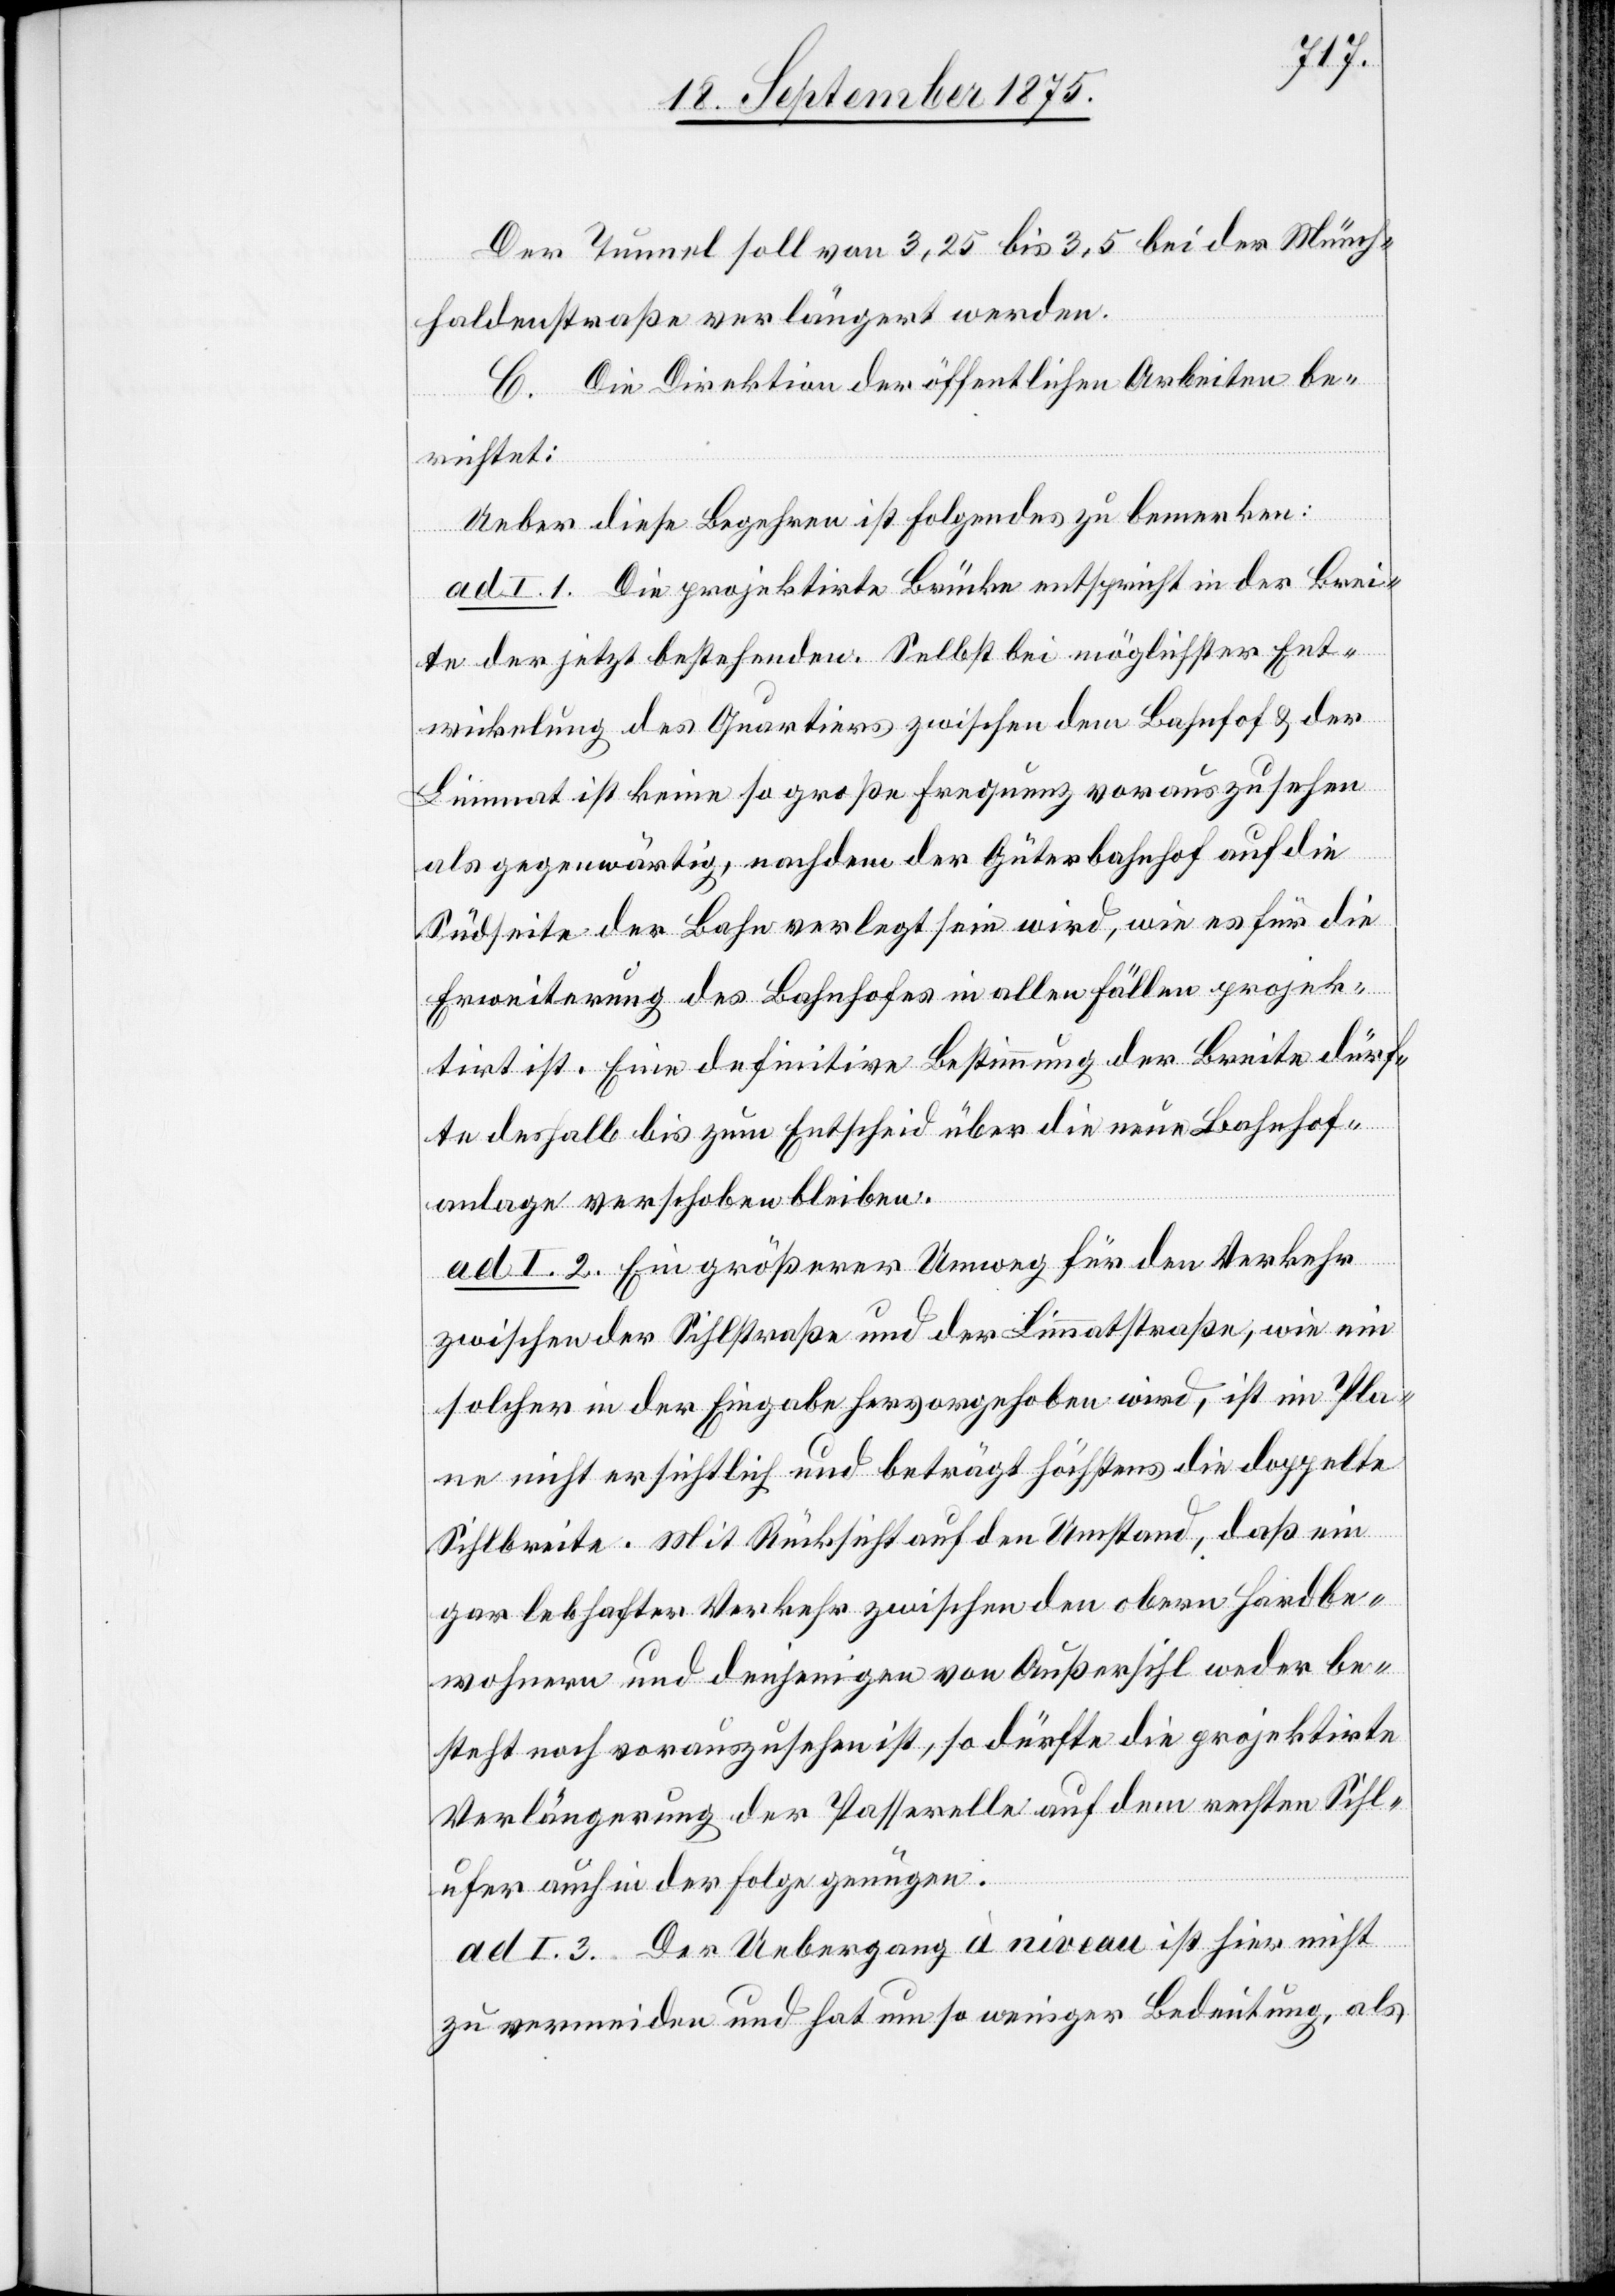
Der Tunnel soll von 3,25 bis 3,5 bei der Münch¬
haldenstraße verlängert werden.
C. Die Direktion der öffentlichen Arbeiten be¬
richtet:
Ueber diese Begehren ist Folgendes zu bemerken:
ad I. 1. Die projektirte Brücke entspricht in der Brei¬
te der jetzt bestehenden. Selbst bei möglichster Ent¬
wickelung des Quartiers zwischen dem Bahnhof & der
Limmat ist keine so große Frequenz vorauszusehen
als gegenwärtig, nachdem der Güterbahnhof auf die
Südseite der Bahn verlegt sein wird, wie es für die
Erweiterung des Bahnhofes in allen Fällen projek¬
tirt ist. Eine definitive Bestimmung der Breite dürf¬
te deshalb bis zum Entscheid über die neue Bahnhof¬
anlage verschoben bleiben.
ad I. 2. Ein größerer Umweg für den Verkehr
zwischen der Sihlstraße und der Limmatstraße, wie ein
solcher in der Eingabe hervorgehoben wird, ist im Pla¬
ne nicht ersichtlich und beträgt höchstens die doppelte
Sihlbreite. Mit Rücksicht auf den Umstand, daß ein
gar lebhafter Verkehr zwischen den obern Hardbe¬
wohnern und denjenigen von Außersihl weder be¬
steht noch vorauszusehen ist, so dürfte die projektirte
Verlängerung der Passerelle auf dem rechten Sihl¬
ufer auch in der Folge genügen.
ad I. 3. Der Uebergang à niveau ist hier nicht
zu vermeiden und hat um so weniger Bedeutung, als